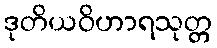
ဒုတိယဝိဟာရသုတ္တ